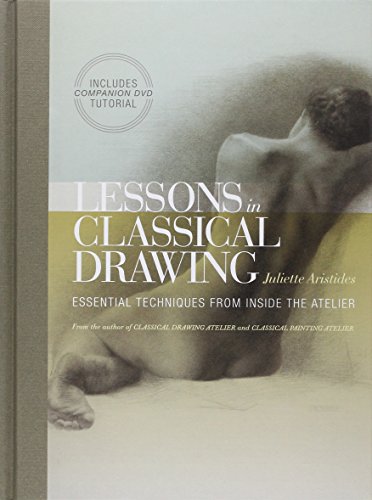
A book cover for Lessons in Classical Drawing: Essential Techniques from Inside the Atelier; Juliette Aristides; Arts & Photography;